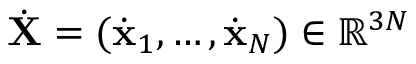
{ \dot { \bf X } } = ( { \dot { \bf x } } _ { 1 } , \dots , { \dot { \bf x } } _ { N } ) \in { \mathbb R } ^ { 3 N }